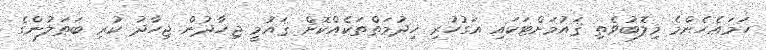
ހަމައެހެންމެ މިލޮބުވެތި ޤައުމަށްޓަކައި އަގުހުރި ޚިދުމަތްތަކެއްކޮށް ޤައުމީ ޖިހާދުން ޖިހާދު ކުރި ބަޠަލުންގެ